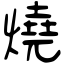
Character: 燒